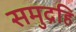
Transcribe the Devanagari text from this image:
समुद्रहि